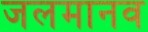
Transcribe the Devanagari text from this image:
जलमानव